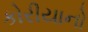
કોરીયાનો